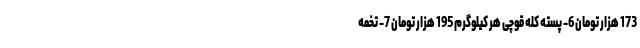
173 هزار تومان 6- پسته کله قوچی هر کیلوگرم 195 هزار تومان 7- تخمه